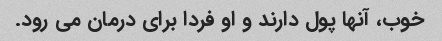
خوب، آنها پول دارند و او فردا برای درمان می رود.